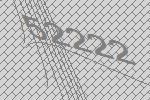
52222